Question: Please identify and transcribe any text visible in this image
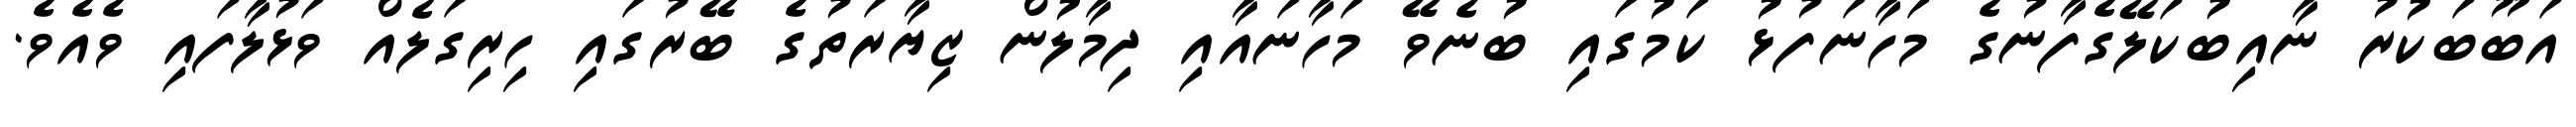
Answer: އަބޫބަކުރު ނާއިބުކަލޭގެފާނުގެ މަހާނަފުޅު ކަމުގައި ބުނެވޭ މަހާނައާއި ދިމާލުން ޒިޔާރަތުގެ ބޭރުގައި ހިރިގަލެއް ވަޅުލާފައި ވެއެވެ.